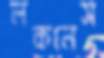
লকনেস